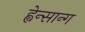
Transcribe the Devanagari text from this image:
ह्वेन्सान्ग